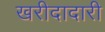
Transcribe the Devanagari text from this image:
खरीदादारी